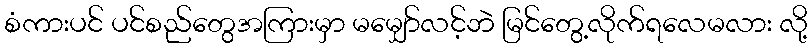
စံကားပင် ပင်စည်တွေအကြားမှာ မမျှော်လင့်ဘဲ မြင်တွေ့လိုက်ရလေမလား လို့